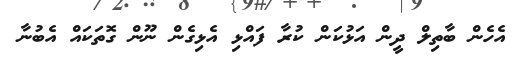
އެހެން ބާތިލް ދީން އަޅުކަން ކުރާ ފައްޅި އެޅިގެން ނޫން ގޮތަކައް އެބުނާ